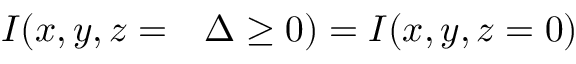
\begin{array} { r l } { I ( x , y , z = } & { { } \Delta \ge 0 ) = I ( x , y , z = 0 ) } \end{array}